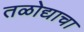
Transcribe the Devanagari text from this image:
तळोद्याचा